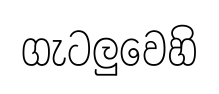
ගැටලුවෙහි